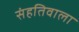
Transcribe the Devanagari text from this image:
संहतिवाला